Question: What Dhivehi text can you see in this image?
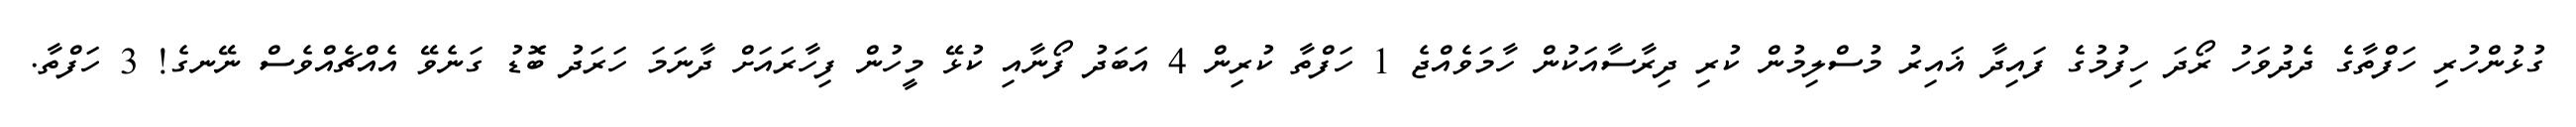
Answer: ގުޅުންހުރި ހަފްތާގެ ދެދުވަހު ރޯދަ ހިފުމުގެ ފައިދާ ޣައިރު މުސްލިމުން ކުރި ދިރާސާއަކުން ހާމަވެއްޖެ 1 ހަފްތާ ކުރިން 4 އަބަދު ފޯނާއި ކުޅޭ މީހުން ފިހާރައަށް ދާނަމަ ހަރަދު ބޮޑު ގަނެވޭ އެއްޗެއްވެސް ނޭނގެ! 3 ހަފްތާ.